Punjab Mental Hospital Lahore 1932-46 - 1932-1946
Year: 1932
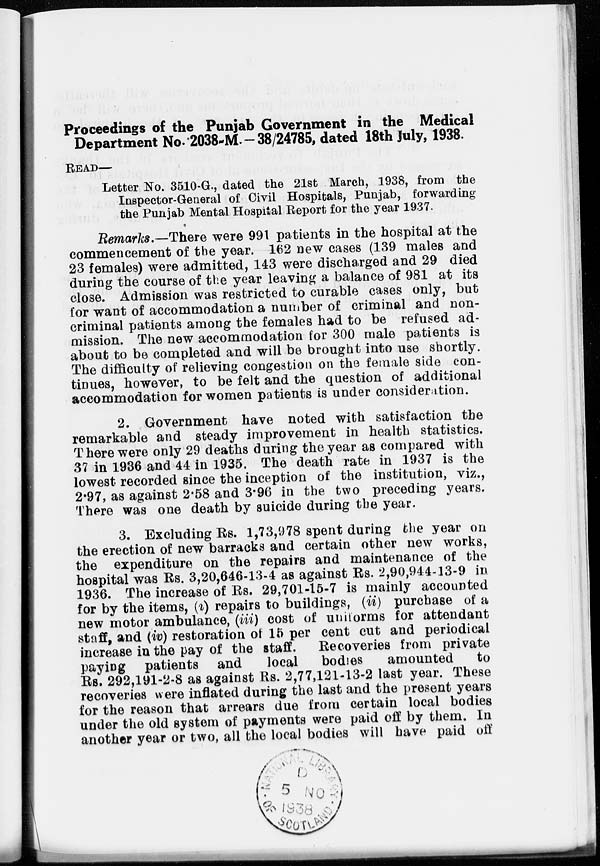
Proceedings of the Punjab Government in the Medical
Department No.2038-M-38/24785, dated 18th July, 1938.
READ—
Letter No. 3510-G., dated the 21st March, 1938, from the
Inspector-General of Civil Hospitals, Punjab, forwarding
the Punjab Mental Hospital Report for the year 1937.
Remarks.—There were 991 patients in the hospital at the
commencement of the year. 162 new cases (139 males and
23 females) were admitted, 143 were discharged and 29 died
during the course of the year leaving a balance of 981 at its
close. Admission was restricted to curable cases only, but
for want of accommodation a number of criminal and non-
criminal patients among the females had to be refused ad-
mission. The new accommodation for 300 male patients is
about to be completed and will be brought into use shortly.
The difficulty of relieving congestion on the female side con-
tinues, however, to be felt and the question of additional
accommodation for women patients is under consideration.
2. Government have noted with satisfaction the
remarkable and steady improvement in health statistics.
There were only 29 deaths during the year as compared with
37 in 1936 and 44 in 1935. The death rate in 1937 is the
lowest recorded since the inception of the institution, viz.,
2.97, as against 2.58 and 3.96 in the two preceding years.
There was one death by suicide during the year.
3. Excluding Rs. 1,73,978 spent during the year on
the erection of new barracks and certain other new works,
the expenditure on the repairs and maintenance of the
hospital was Rs. 3,20,646-13-4 as against Rs. 2,90,944-13-9 in
1936. The increase of Rs. 29,701-15-7 is mainly accounted
for by the items, (i) repairs to buildings, (ii) purchase of a
new motor ambulance, (iii) cost of uniforms for attendant
staff, and (iv) restoration of 15 per cent cut and periodical
increase in the pay of the staff.
Recoveries from private
paying patients and
local
bodies
amounted
to
Rs. 292,191-2-8 as against Rs. 2,77,121-13-2 last year. These
recoveries were inflated during the last and the present years
for the reason that arrears due from certain local bodies
under the old system of payments were paid off by them. In
another year or two, all the local bodies will have paid off